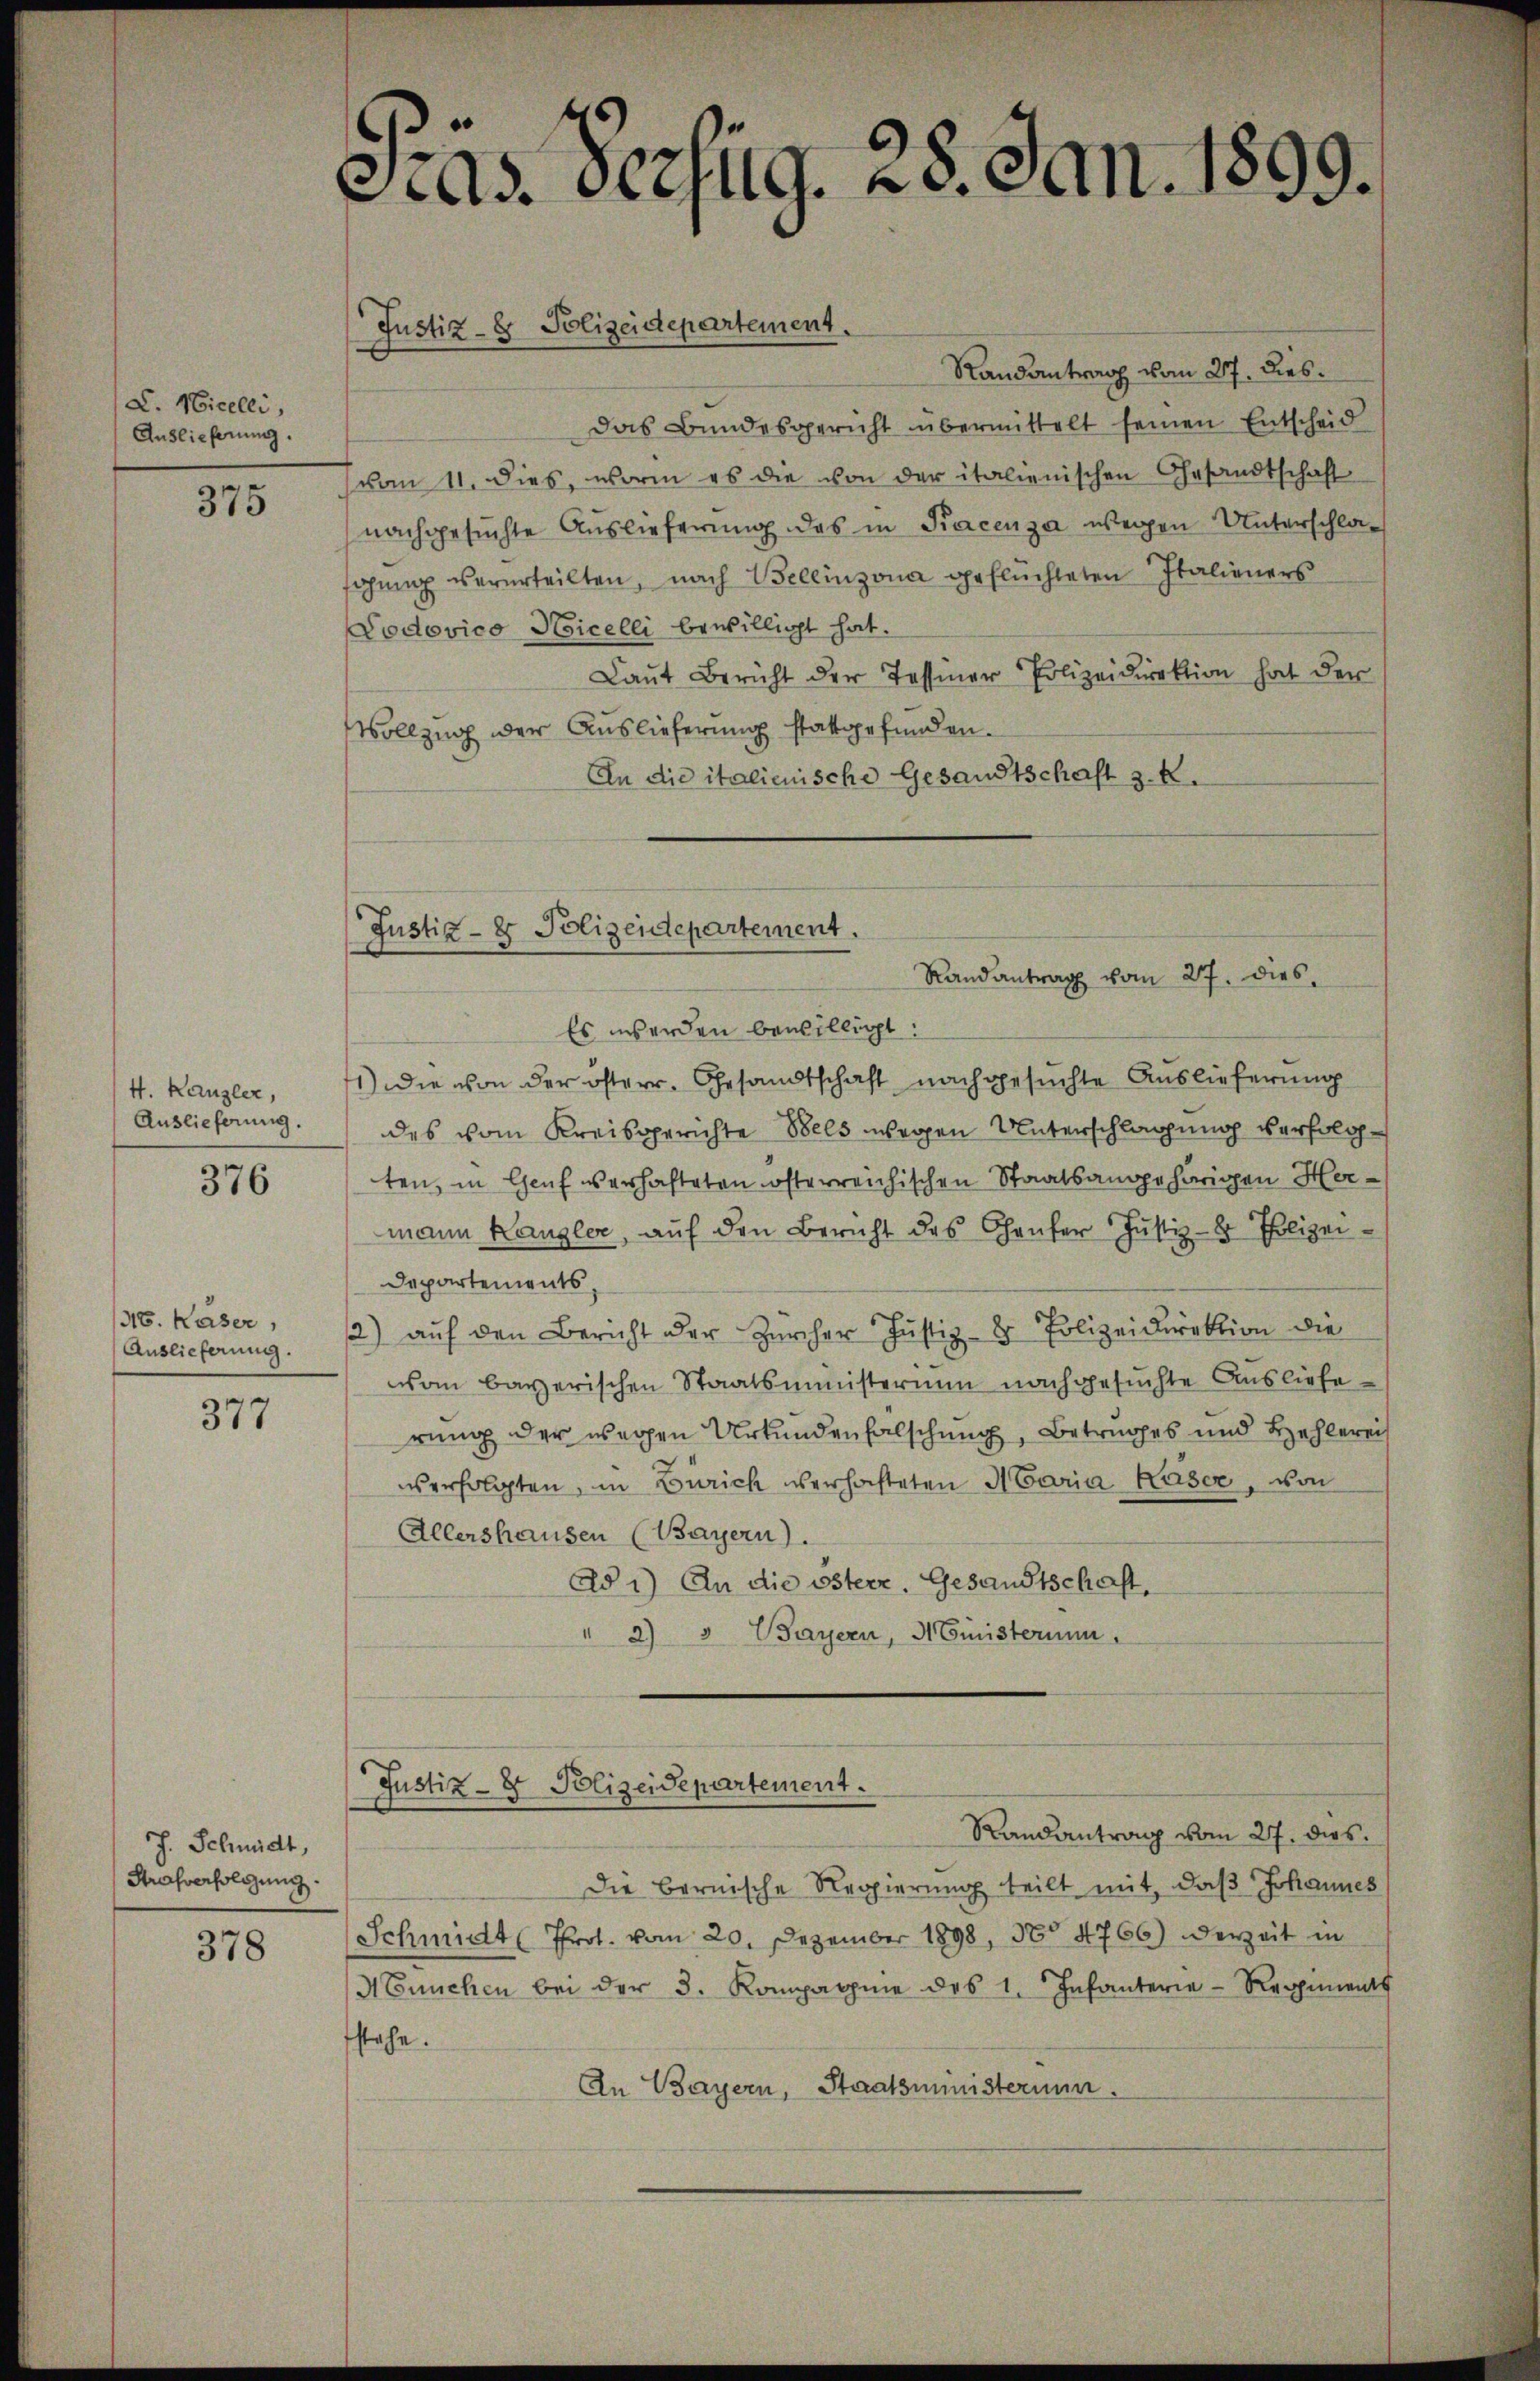
L. Nicelli,
Auslieferung.

375

4. Kanzler,
Auslieferung.

376

310. Käser,
Auslieferung.

377

J. Schmidt,
Strafverfolgung.

378

Präs. Verfüg. 28. Jan. 1899.

Randantrag vom 27. dies
Das Bundesgericht übermittelt seinen Entscheid
vom 11. dies, worin es die von der italienischen Gesandtschaft
nachgesuchte Auslieferung des in Kacenza wegen Unterschlaschung verurteilten, nach Bellinzona geflüchteten Italieners
Podovico Nicelli bewilligt hat.
Laŭt Bericht der Tessiner Polizeidirektion hat der
Vollzug der Auslieferung stattgefunden.
An die italienische Gesandtschaft z. B.

Justiz- & Polizeidepartement.

Justiz- & Polizeidepartement.
Randantrag vom 27. dies

Es werden bewilligt:
1.) Die von der österr. Gesandtschaft nachgesuchte Auslieferung
des vom Kreisgerichte Bels wegen Unterschlagung verfolgten, in Genf verhafteten österreichischen Staatsangehörigen Hermann Kanzler, auf den Bericht des Ganter Justiz- & Polizei¬
Departements,
2) aŭf den Bericht der Zürcher Justiz- & Polizeidirektion die
von bayerischen Staatsministerium nachgesuchte Ausliefe
rung der wegen Urkundenfalschung, Betruges und Behlerei
verfolgten, in Zürich verhafteten Maria Kaser, von
Allershausen (Bayern).
Ad 1) An die österr. Gesandtschaft.
" 2) " Bayern, Ministerium
Justiz- & Polizeidepartement.
Randantrag vom 27. dies
Die bernische Regierung teilt mit, daß Johannes
Schmidt (Prot. vom 20. Dezember 1898, 38. 4766) Derzeit in
HEnnchen bei der 3. Kompagnie des 1. Infanterie-Regiments
fstehe.
An Bayern, Staatsministerium.